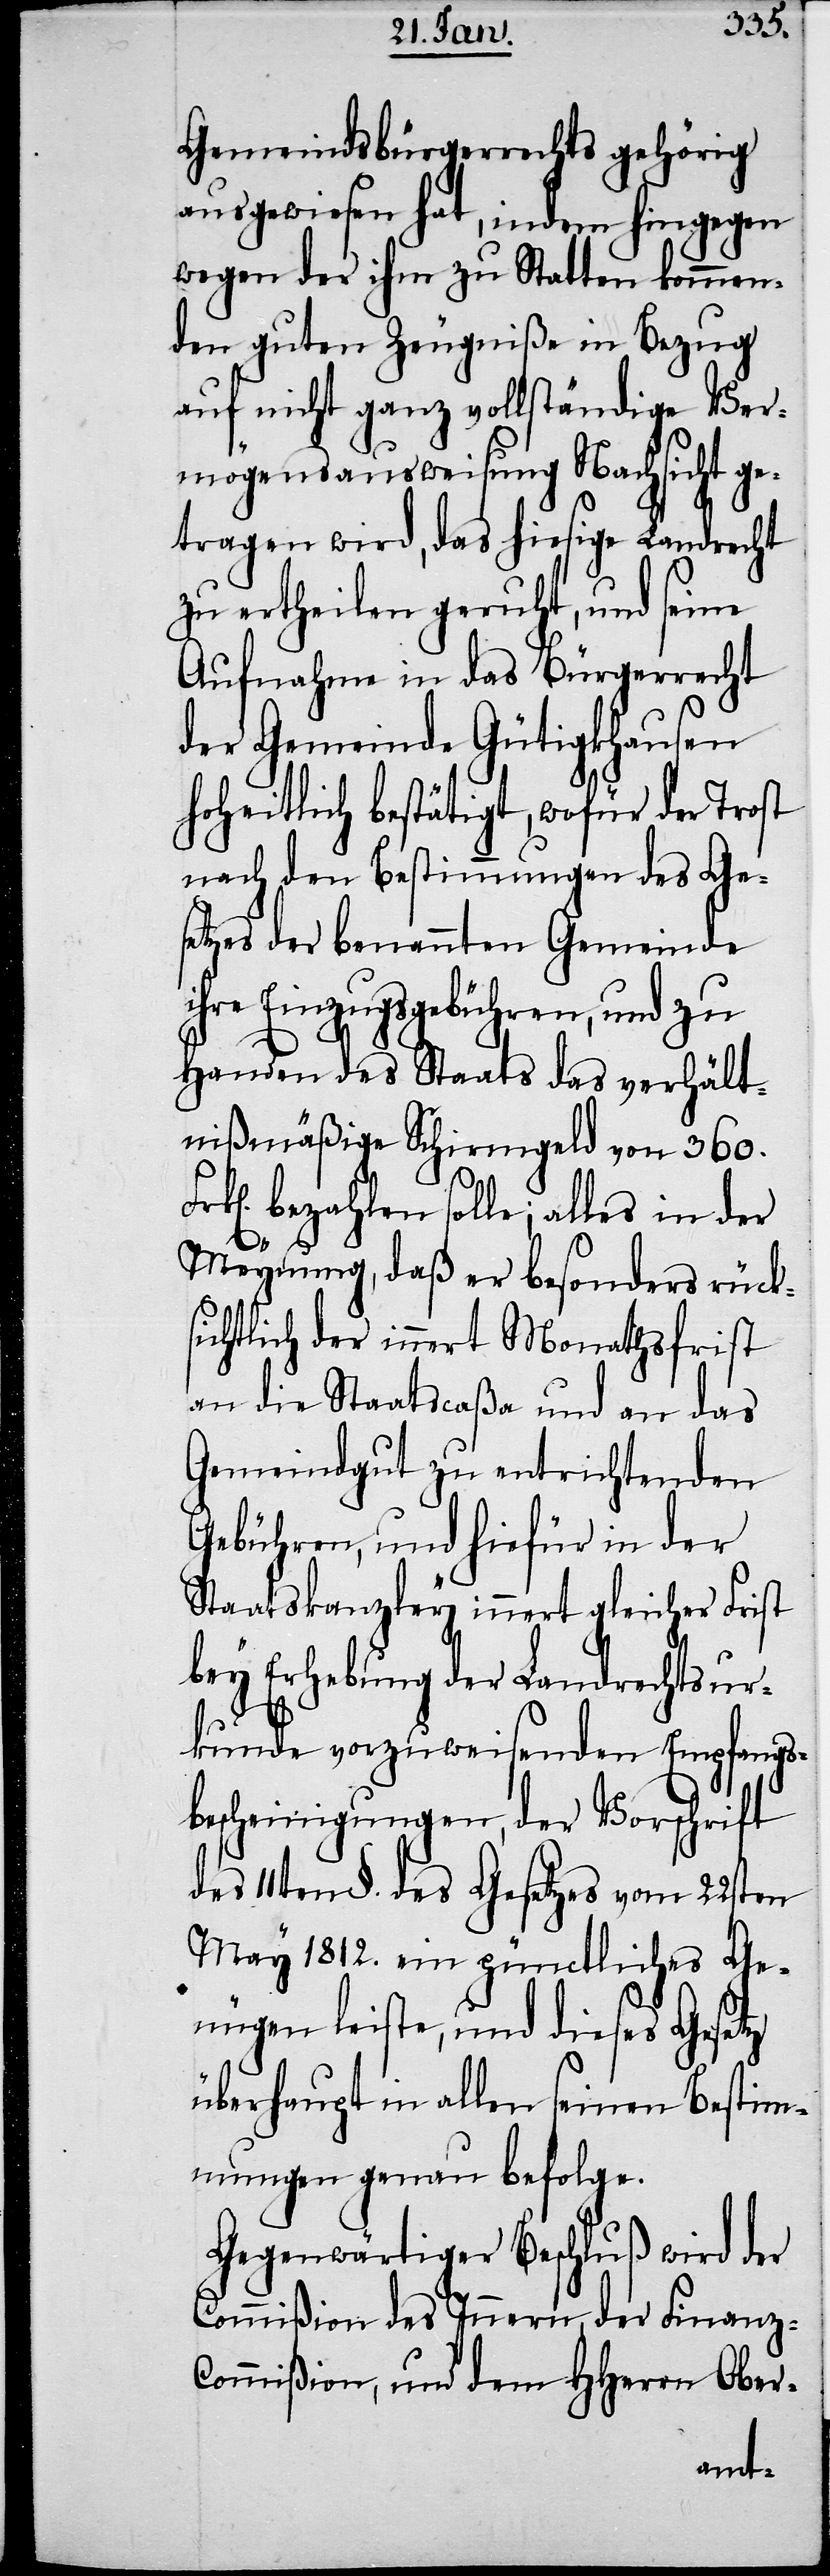
Gemeindsbürgerrechts gehörig
ausgewiesen hat, indem hingegen
wegen der ihm zu Statten kommen¬
den guten Zeugniße in Bezug
auf nicht ganz vollständige Ver¬
mögensausweisung Nachsicht ge¬
tragen wird, das hiesige Landrecht
zu ertheilen geruht, und seine
Aufnahme in das Bürgerrecht
der Gemeinde Gütigkhausen
hoheitlich bestätigt, wofür der Trost
nach den Bestimmungen des Ge¬
setzes der benannten Gemeinde
ihre Einzugsgebühren, und zu
Handen des Staats das verhält¬
nißmäßige Schirmgeld von 360.
bezahlen solle; alles in der
Meynung, daß er besonders rück¬
sichtlich der innert Monathsfrist
an die Staatscaßa und an das
Gemeindgut zu entrichtenden
Gebühren, und hiefür in der
Staatskanzley innert gleicher Frist
bey Erhebung der Landrechtsur¬
kunde vorzuweisenden Empfangs¬
bescheinigungen, der Vorschrift
des 11ten §. des Gesetzes vom 22sten
May 1812. ein pünctliches Ge¬
nügen leiste, und dieses Gesetz
überhaupt in allen seinen Bestim¬
mungen genau befolge.
Gegenwärtiger Beschluß wird der
Commißion des Innern, der Finanz-C¬
ommißion, und dem HHerrn Ober-